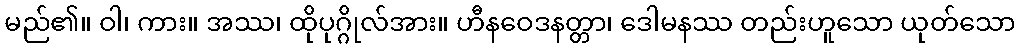
မည်၏။ ဝါ၊ ကား။ အဿ၊ ထိုပုဂ္ဂိုလ်အား။ ဟီနဝေဒနတ္တာ၊ ဒေါမနဿ တည်းဟူသော ယုတ်သော